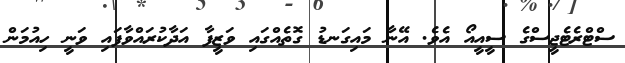
ސްޓްރެޓެޖީސްގެ ސީއީއޯ އެވެ. އޭނާ މައިގަނޑު ގޮތެއްގައި ވަޒީފާ އަދާކުރައްވާފައި ވަނީ ހިއުމަން